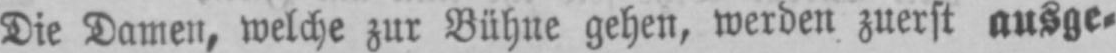
Die Damen, welche zur Bühne gehen, werden zuerst ausge⸗